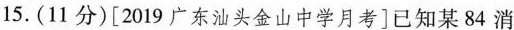
15.(11分)[2019广东汕头金山中学月考]已知某84消